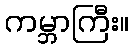
ကမ္ဘာကြီး။